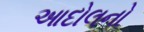
આદોલનો